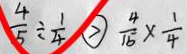
\frac { 4 } { 5 } \div \frac { 1 } { 4 } \textcircled { > } \frac { 4 } { 1 5 } \times \frac { 1 } { 4 }